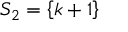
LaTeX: S _ { 2 } = \left\{ k + 1 \right\}